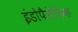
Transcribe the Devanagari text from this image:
इंडोपैसेफिक